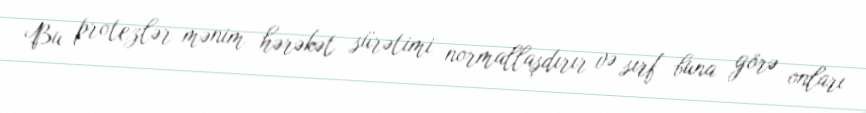
Bu protezlər mənim hərəkət sürətimi normallaşdırır və sırf buna görə onları